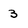
Character: 3